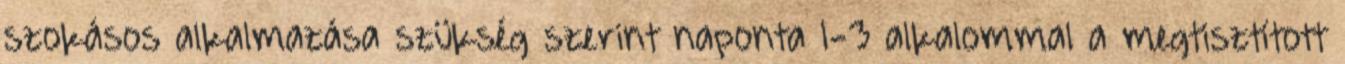
szokásos alkalmazása szükség szerint naponta 1-3 alkalommal a megtisztított